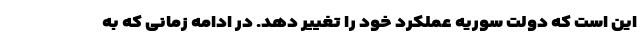
این است که دولت سوریه عملکرد خود را تغییر دهد. در ادامه زمانی که به